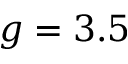
g = 3 . 5